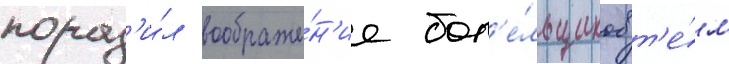
пораз'и́л воображе́н'ие бол'е́льщиков т'е́м